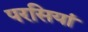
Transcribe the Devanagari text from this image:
परसियां